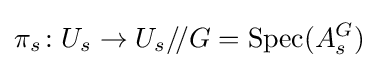
\pi _{s}\colon U_{s}\to U_{s}/\!/G=\operatorname {Spec} (A_{s}^{G})